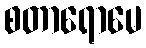
စတာရောမေ